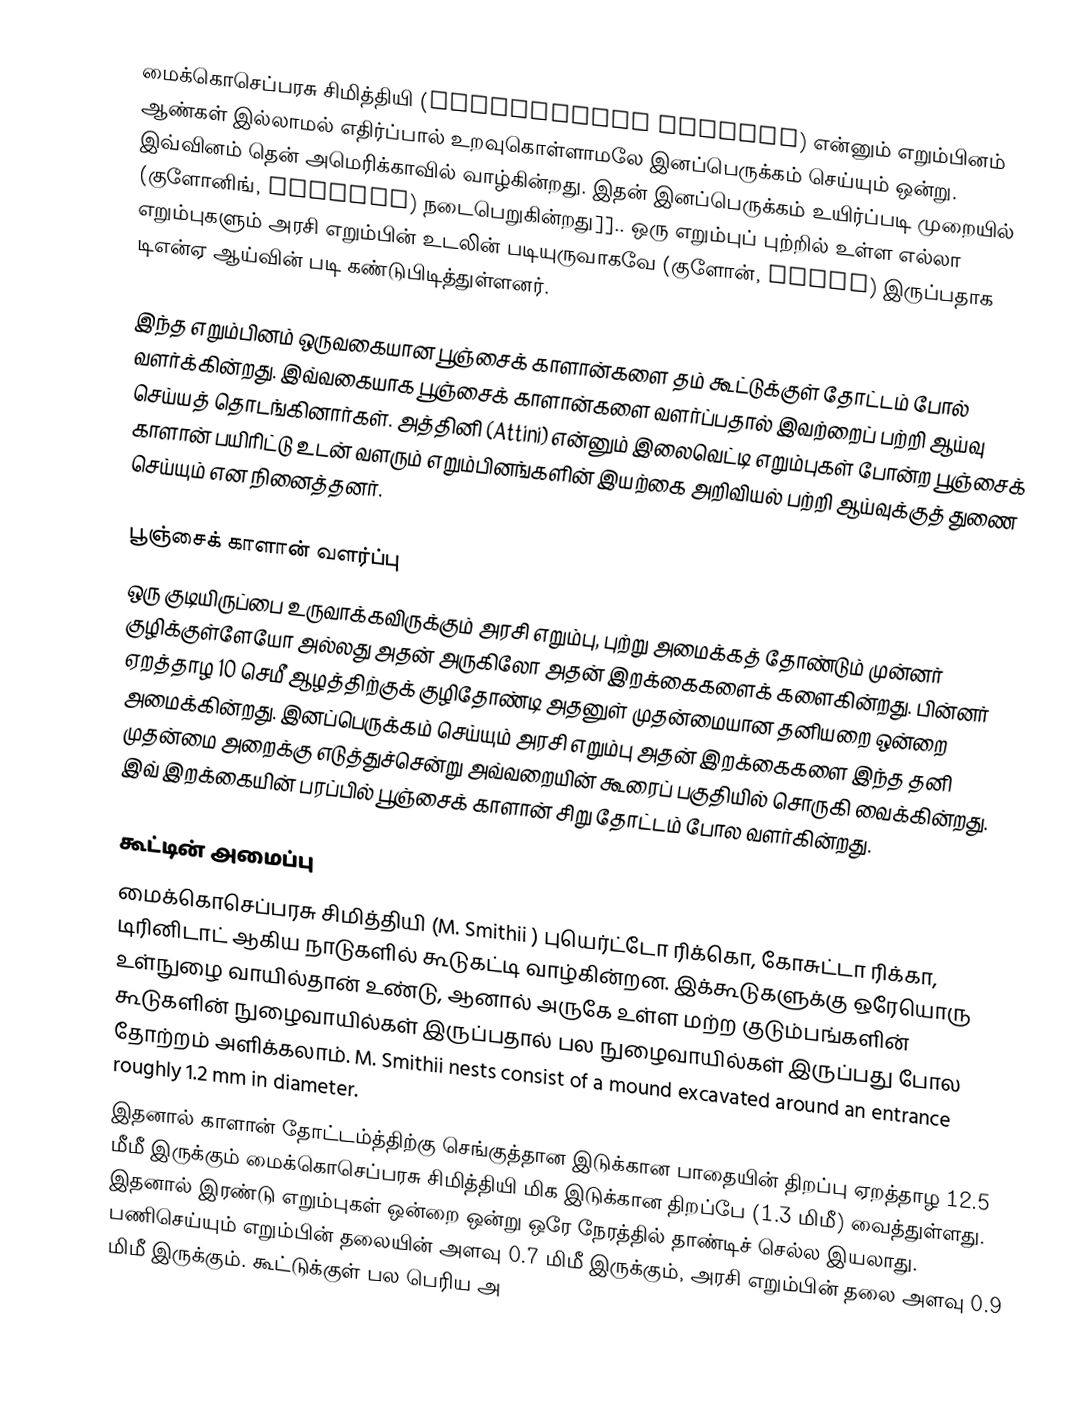
மைக்கொசெப்பரசு சிமித்தியி (Mycocepurus smithii) என்னும் எறும்பினம் ஆண்கள் இல்லாமல் எதிர்ப்பால் உறவுகொள்ளாமலே இனப்பெருக்கம் செய்யும் ஒன்று. இவ்வினம் தென் அமெரிக்காவில் வாழ்கின்றது. இதன் இனப்பெருக்கம் உயிர்ப்படி முறையில் (குளோனிங், cloning) நடைபெறுகின்றது]].. ஒரு எறும்புப் புற்றில் உள்ள எல்லா எறும்புகளும் அரசி எறும்பின் உடலின் படியுருவாகவே (குளோன், clone) இருப்பதாக டிஎன்ஏ ஆய்வின் படி கண்டுபிடித்துள்ளனர்.

இந்த எறும்பினம் ஒருவகையான பூஞ்சைக் காளான்களை தம் கூட்டுக்குள் தோட்டம் போல் வளர்க்கின்றது. இவ்வகையாக பூஞ்சைக் காளான்களை வளர்ப்பதால் இவற்றைப் பற்றி ஆய்வு செய்யத் தொடங்கினார்கள். அத்தினி (Attini) என்னும் இலைவெட்டி எறும்புகள் போன்ற பூஞ்சைக் காளான் பயிரிட்டு உடன் வளரும் எறும்பினங்களின் இயற்கை அறிவியல் பற்றி ஆய்வுக்குத் துணை செய்யும் என நினைத்தனர்.

பூஞ்சைக் காளான் வளர்ப்பு
ஒரு குடியிருப்பை உருவாக்கவிருக்கும் அரசி எறும்பு, புற்று அமைக்கத் தோண்டும் முன்னர் குழிக்குள்ளேயோ அல்லது அதன் அருகிலோ அதன் இறக்கைகளைக் களைகின்றது. பின்னர் ஏறத்தாழ 10 செமீ ஆழத்திற்குக் குழிதோண்டி அதனுள் முதன்மையான தனியறை ஒன்றை அமைக்கின்றது. இனப்பெருக்கம் செய்யும் அரசி எறும்பு அதன் இறக்கைகளை இந்த தனி முதன்மை அறைக்கு எடுத்துச்சென்று அவ்வறையின் கூரைப் பகுதியில் சொருகி வைக்கின்றது. இவ் இறக்கையின் பரப்பில் பூஞ்சைக் காளான் சிறு தோட்டம் போல வளர்கின்றது.

கூட்டின் அமைப்பு
மைக்கொசெப்பரசு சிமித்தியி (M. Smithii ) புயெர்ட்டோ ரிக்கொ, கோசுட்டா ரிக்கா, டிரினிடாட் ஆகிய நாடுகளில் கூடுகட்டி வாழ்கின்றன. இக்கூடுகளுக்கு ஒரேயொரு உள்நுழை வாயில்தான் உண்டு, ஆனால் அருகே உள்ள மற்ற குடும்பங்களின் கூடுகளின் நுழைவாயில்கள் இருப்பதால் பல நுழைவாயில்கள் இருப்பது போல தோற்றம் அளிக்கலாம். M. Smithii nests consist of a mound excavated around an entrance roughly 1.2 mm in diameter.
இதனால் காளான் தோட்டம்த்திற்கு செங்குத்தான இடுக்கான பாதையின் திறப்பு ஏறத்தாழ 12.5 மீமீ இருக்கும் மைக்கொசெப்பரசு சிமித்தியி மிக இடுக்கான திறப்பே (1.3 மிமீ) வைத்துள்ளது. இதனால் இரண்டு எறும்புகள் ஒன்றை ஒன்று ஒரே நேரத்தில் தாண்டிச் செல்ல இயலாது. பணிசெய்யும் எறும்பின் தலையின் அளவு 0.7 மிமீ இருக்கும், அரசி எறும்பின் தலை அளவு 0.9 மிமீ இருக்கும். கூட்டுக்குள் பல பெரிய அ